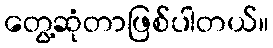
တွေ့ဆုံတာဖြစ်ပါတယ်။